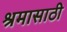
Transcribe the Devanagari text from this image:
श्रमासाठी